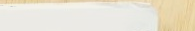
أجمل التصاميم في محلات ال